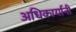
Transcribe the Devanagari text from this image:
अधिकार्यानी